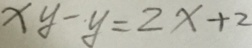
x y - y = 2 x + 2